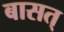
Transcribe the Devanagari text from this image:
बासत्